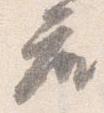
座